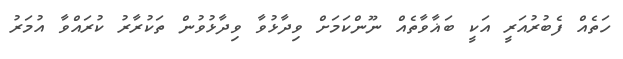
ހަތެއް ފެބުރުއަރީ އަކީ ބަޣާވާތެއް ނޫންކަމަށް ވިދާޅުވާ ވިދާޅުވުން ތަކުރާރު ކުރައްވާ އުމަރު